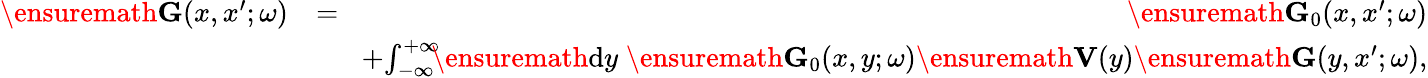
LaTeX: \begin{array}{rlr}{\ensuremath{\mathbf{G}}(x,x^{\prime};\omega)}&{=}&{\ensuremath{\mathbf{G}}_{0}(x,x^{\prime};\omega)}\\ &{}&{\! +\! \int_{-\infty}^{+\infty}\! \! \! \ensuremath{\mathrm{d}}y\; \ensuremath{\mathbf{G}}_{0}(x,y;\omega)\ensuremath{\mathbf{V}}(y)\ensuremath{\mathbf{G}}(y,x^{\prime};\omega),}\end{array}